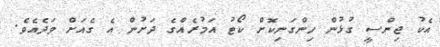
އެކު ޖިންސީ ގުޅުން ހިންގަނިކޮށް ކޯޓު އަމުރެއްގެ ދަށުން އެ ގެއަށް ވަދެއެވެ.